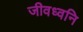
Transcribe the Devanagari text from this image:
जीवध्वनि